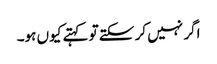
اگر نہیں کر سکتے تو کہتے کیوں ہو۔